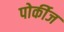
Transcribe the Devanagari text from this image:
पोर्कीज